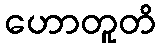
ဟောတူတိ